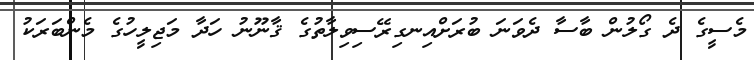
މެސީގެ ދެ ގޯލުން ބާސާ ދެވަނަ ބުރަށްއިނގިރޭސިވިލާތުގެ ޤާނޫނު ހަދާ މަޖިލީހުގެ މެންބަރަކު